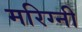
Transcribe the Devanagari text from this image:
मरिग्नी